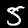
Digit: 5